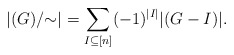
\begin{align*}|(G)/{\sim}|=\sum_{I\subseteq [n]}(-1)^{|I|}|(G-I)|.\end{align*}